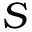
\boldsymbol { S }